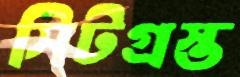
সিটগ্রস্ত